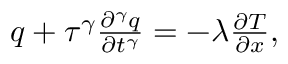
\begin{array} { r } { q + \tau ^ { \gamma } \frac { \partial ^ { \gamma } q } { \partial t ^ { \gamma } } = - \lambda \frac { \partial T } { \partial x } , } \end{array}